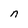
Character: n